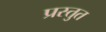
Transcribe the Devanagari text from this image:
प्रस्‍तुत